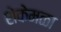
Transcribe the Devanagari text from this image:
शेकेमळा